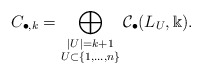
\begin{align*}C_{\bullet,k}=\bigoplus_{\substack{|U|=k+1 \\ U\subset\{1,\dots,n\}}}\mathcal C_\bullet(L_U,\Bbbk). \end{align*}